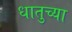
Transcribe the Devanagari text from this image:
धातुच्या